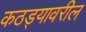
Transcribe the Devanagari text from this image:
कठड्यावरील